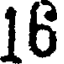
16